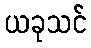
ယခုသင်